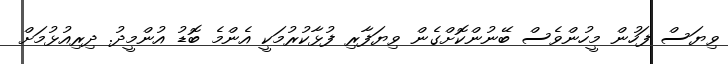
ވިޔަސް ފަހުން މީހުންވެސް ބޭނުންކޮށްގެން ވިޔަފާރި ފުޅާކުރުމަކީ އެންމެ ބޮޑު އުންމީދު. ދިރިއުޅުމަށް